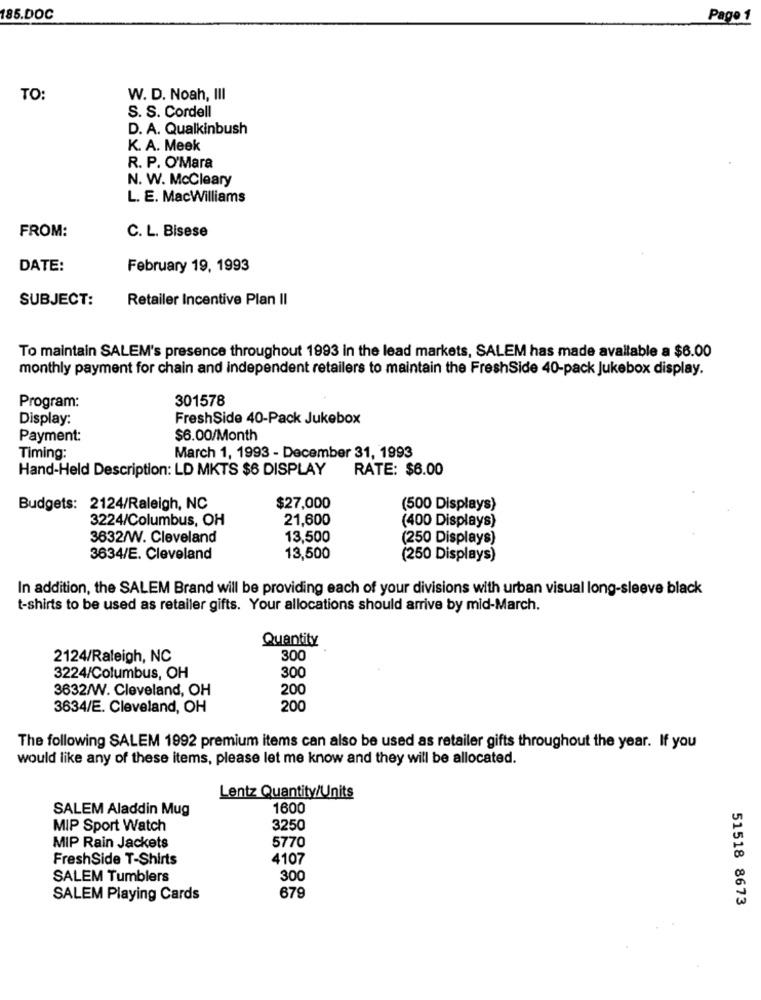
85.DOC
Page 1
TO:
W. D. Noah, III
S. S. Cordell
D. A. Qualkinbush
K. A. Meek
R. P. O'Mara
N. W. McCleary
L. E. MacWilliams
FROM:
C. L. Bisese
DATE:
February 19, 1993
SUBJECT:
Retailer Incentive Plan II
To maintain SALEM's presence throughout 1993 in the lead markets, SALEM has made available a $6.00
monthly payment for chain and independent retailers to maintain the FreshSide 40-pack Jukebox display.
301578
Program:
Display:
FreshSide 40-Pack Jukebox
Payment:
$6.00/Month
Timing:
March 1, 1993 - December 31, 1993
Hand-Held Description: LD MKTS $6 DISPLAY
RATE: $6.00
Budgets: 2124/Raleigh, NC
$27,000
(500 Displays)
3224/Columbus, OH
21,600
(400 Displays)
3632/W. Cleveland
13,500
(250 Displays)
3634/E. Cleveland
13,500
(250 Displays)
In addition, the SALEM Brand will be providing each of your divisions with urban visual long-sleeve black
t-shirts to be used as retailer gifts. Your allocations should arrive by mid-March.
Quantity
2124/Raleigh, NC
300
3224/Columbus, OH
300
3632/W. Cleveland, OH
200
3634/E. Cleveland, OH
200
The following SALEM 1992 premium items can also be used as retailer gifts throughout the year. If you
would like any of these items, please let me know and they will be allocated.
Lentz Quantity/Units
SALEM Aladdin Mug
1600
MIP Sport Watch
3250
MIP Rain Jackets
5770
FreshSide T-Shirts
4107
SALEM Tumblers
300
SALEM Playing Cards
679
51518 8673